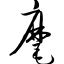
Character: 麾